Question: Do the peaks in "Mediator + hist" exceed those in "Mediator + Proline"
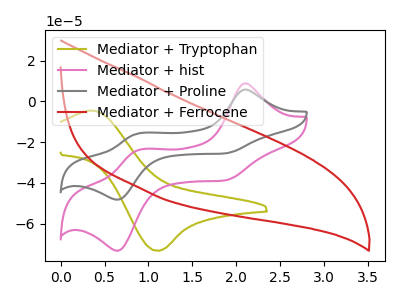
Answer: <think>The olive curve "Mediator + Tryptophan" has an anodic peak at (0.35V, -4.45uA) and a cathodic peak at (1.10V, -73.35uA). The pink curve "Mediator + hist" has anodic peaks at (2.10V, 8.85uA) (0.90V, -23.85uA) and cathodic peaks at (1.85V, -38.80uA) (0.65V, -73.30uA). The gray curve "Mediator + Proline" has anodic peaks at (2.10V, 5.80uA) (0.90V, -15.70uA) and cathodic peaks at (1.85V, -25.55uA) (0.65V, -48.20uA). The red curve "Mediator + Ferrocene" has no peaks.</think>
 <answer>The peaks in "Mediator + hist" are neither all higher or all lower than the peaks in "Mediator + Proline".</answer>
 <eval>mixed</eval>